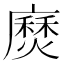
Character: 𫸅